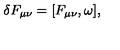
\delta F _ { \mu \nu } = [ F _ { \mu \nu } , \omega ] ,